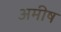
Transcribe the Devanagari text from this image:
अमीष